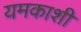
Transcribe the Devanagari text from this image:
यमकाशी